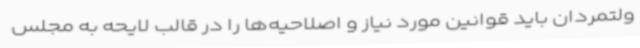
ولتمردان باید قوانین مورد نیاز و اصلاحیه‌ها را در قالب لایحه به مجلس